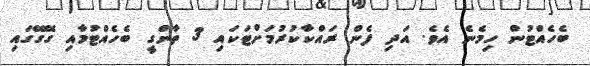
ބެހެއްޓުން ހިމެނެ އެވެ. އަދި ފެން ރައްކާކުރުމަށްޓަކައި 3 ތާންގީ ބެހެއްޓުމާއި ގޭގޭގައި